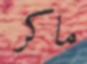
ماكر